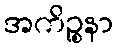
အကိဉ္စနာ